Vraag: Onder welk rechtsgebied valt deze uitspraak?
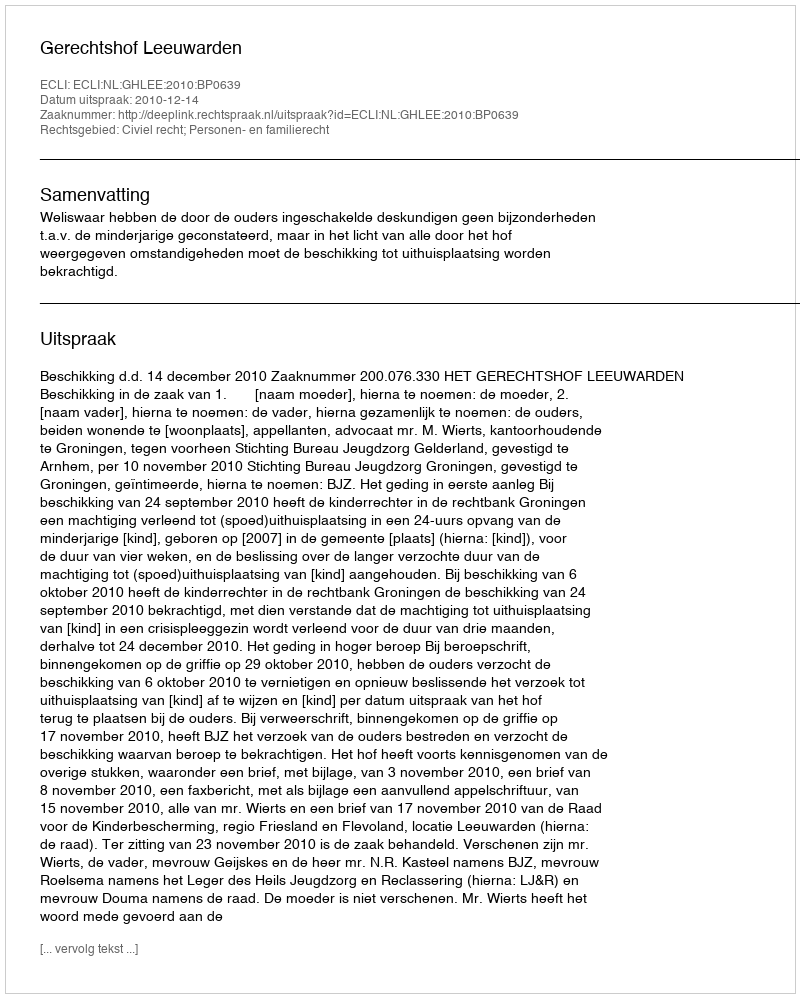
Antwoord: Civiel recht; Personen- en familierecht